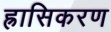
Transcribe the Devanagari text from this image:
ह्रासिकरण